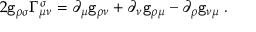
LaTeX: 2 { \tt g } _ { \rho \sigma } \Gamma _ { \mu \nu } ^ { \sigma } = \partial _ { \mu } { \tt g } _ { \rho \nu } + \partial _ { \nu } { \tt g } _ { \rho \mu } - \partial _ { \rho } { \tt g } _ { \nu \mu } \; .